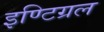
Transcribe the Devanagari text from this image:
इण्टिग्रल